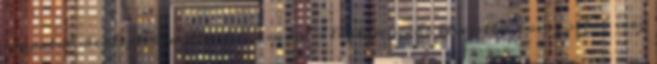
csapatot meglepték, aztán felocsúdva a legkéjencebb élvezettel lovagolták meg